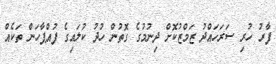
ފާރު ހުރި ސަރަހައްދު ޒަމްޒުކޮށް ދިނުމުގެ ގޮތުން ހުދު ކުލައިގެ ފުއްޕާހަން ތަކެއް